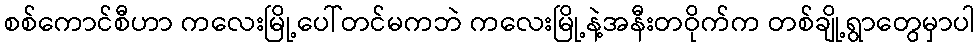
စစ်ကောင်စီဟာ ကလေးမြို့ပေါ်တင်မကဘဲ ကလေးမြို့နဲ့အနီးတဝိုက်က တစ်ချို့ရွာတွေမှာပါ